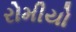
રોમીયો